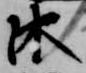
沐